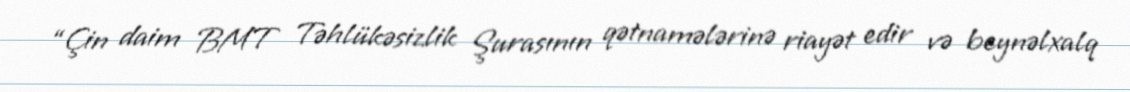
“Çin daim BMT Təhlükəsizlik Şurasının qətnamələrinə riayət edir və beynəlxalq